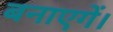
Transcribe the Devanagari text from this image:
बनाएगें।